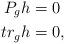
LaTeX: \begin{align*}P_g h &= 0\\tr_g h & =0,\end{align*}